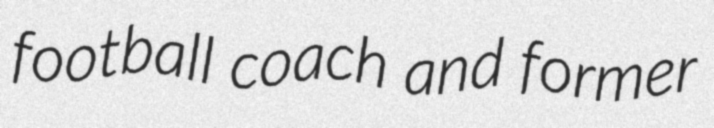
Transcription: football coach and former